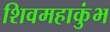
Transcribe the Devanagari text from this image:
शिवमहाकुंभ